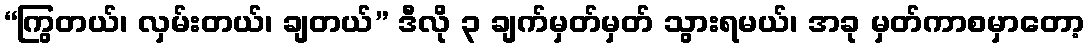
“ကြွတယ်၊ လှမ်းတယ်၊ ချတယ်” ဒီလို ၃ ချက်မှတ်မှတ် သွားရမယ်၊ အခု မှတ်ကာစမှာတော့